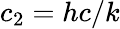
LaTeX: c_{2}=hc/k